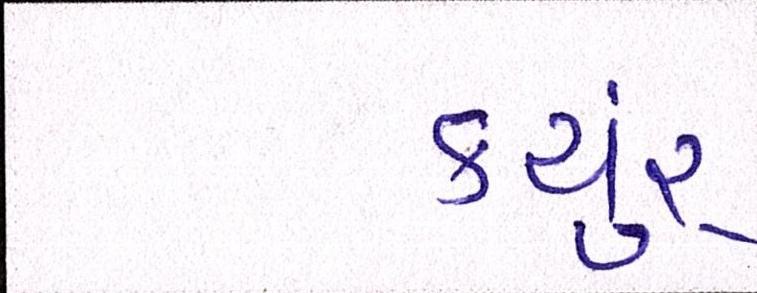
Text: કયુંર્